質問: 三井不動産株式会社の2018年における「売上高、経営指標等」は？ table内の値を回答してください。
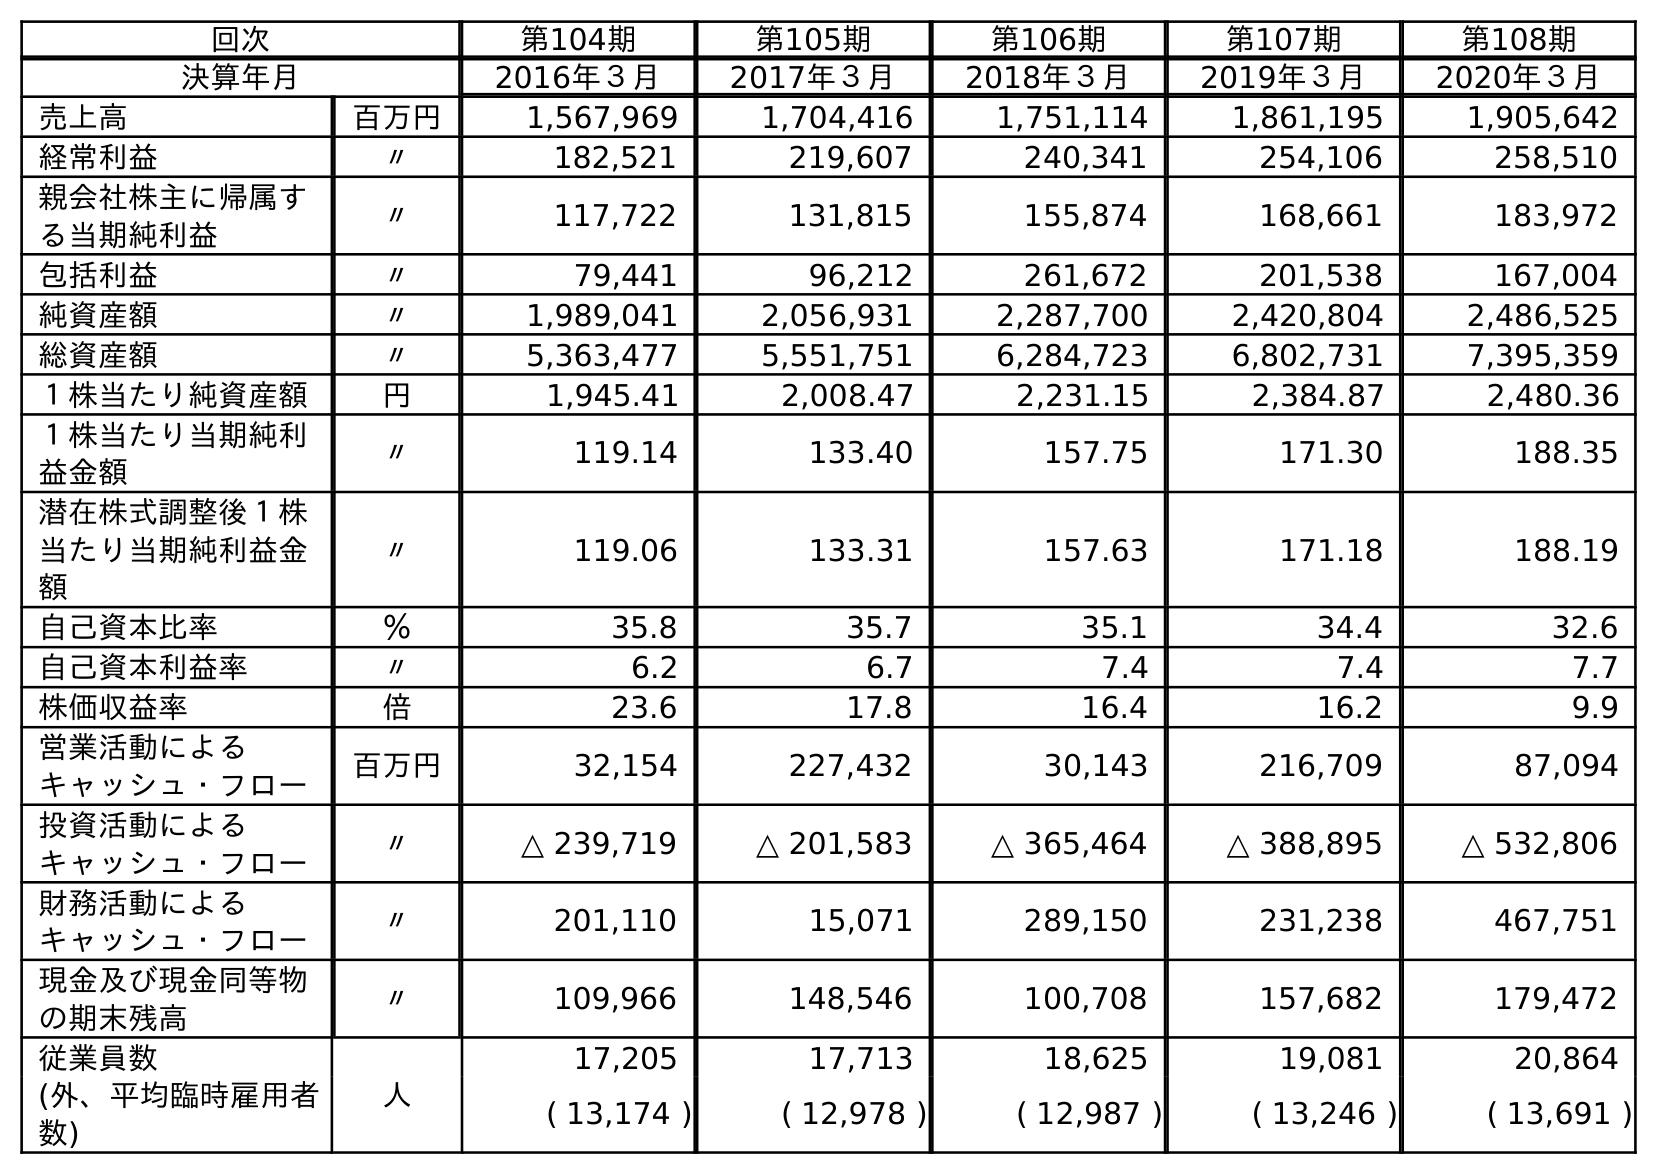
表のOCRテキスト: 回次 第104期 第105期 第106期 第107期 第108期 決算年月 2016年３月 2017年３月 2018年３月 2019年３月 2020年３月 売上高 百万円 1,567,969 1,704,416 1,751,114 1,861,195 1,905,642 経常利益 〃 182,521 219,607 240,341 254,106 258,510 親会社株主に帰属す る当期純利益 〃 117,722 131,815 155,874 168,661 183,972 包括利益 〃 79,441 96,212 261,672 201,538 167,004 純資産額 〃 1,989,041 2,056,931 2,287,700 2,420,804 2,486,525 総資産額 〃 5,363,477 5,551,751 6,284,723 6,802,731 7,395,359 １株当たり純資産額 円 1,945.41 2,008.47 2,231.15 2,384.87 2,480.36 １株当たり当期純利 益金額 〃 119.14 133.40 157.75 171.30 188.35 潜在株式調整後１株 当たり当期純利益金 額 〃 119.06 133.31 157.63 171.18 188.19 自己資本比率 ％ 35.8 35.7 35.1 34.4 32.6 自己資本利益率 〃 6.2 6.7 7.4 7.4 7.7 株価収益率 倍 23.6 17.8 16.4 16.2 9.9 営業活動による キャッシュ・フロー 百万円 32,154 227,432 30,143 216,709 87,094 投資活動による キャッシュ・フロー 〃 △ 239,719 △ 201,583 △ 365,464 △ 388,895 △ 532,806 財務活動による キャッシュ・フロー 〃 201,110 15,071 289,150 231,238 467,751 現金及び現金同等物 の期末残高 〃 109,966 148,546 100,708 157,682 179,472 従業員数 人 17,205 17,713 18,625 19,081 20,864 (外、平均臨時雇用者 数) ( 13,174 ) ( 12,978 ) ( 12,987 ) ( 13,246 ) ( 13,691 )
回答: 1,751,114